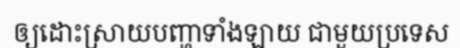
ឲ្យដោះស្រាយបញ្ហាទាំងឡាយ ជាមួយប្រទេស